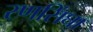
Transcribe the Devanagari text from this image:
रणसिंघा